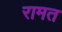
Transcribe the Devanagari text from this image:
रामत